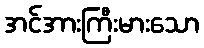
အင်အားကြီးမားသော